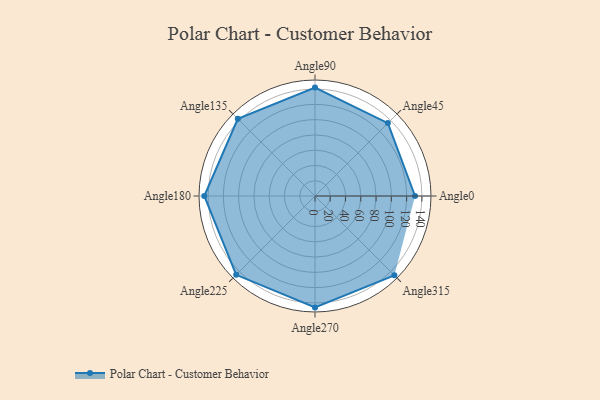
{"axis": {"x": "Angle", "y": "Radius"}, "legend": [""], "data": [{"x": "Angle0", "y": 131.0, "type": ""}, {"x": "Angle45", "y": 135.0, "type": ""}, {"x": "Angle90", "y": 142.0, "type": ""}, {"x": "Angle135", "y": 143.0, "type": ""}, {"x": "Angle180", "y": 145.0, "type": ""}, {"x": "Angle225", "y": 146.0, "type": ""}, {"x": "Angle270", "y": 146.0, "type": ""}, {"x": "Angle315", "y": 147.0, "type": ""}]}